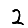
Digit: 2